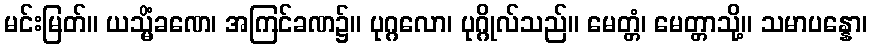
မင်းမြတ်။ ယသ္မိံခဏေ၊ အကြင်ခဏ၌။ ပုဂ္ဂလော၊ ပုဂ္ဂိုလ်သည်။ မေတ္တံ၊ မေတ္တာသို့။ သမာပန္နော၊